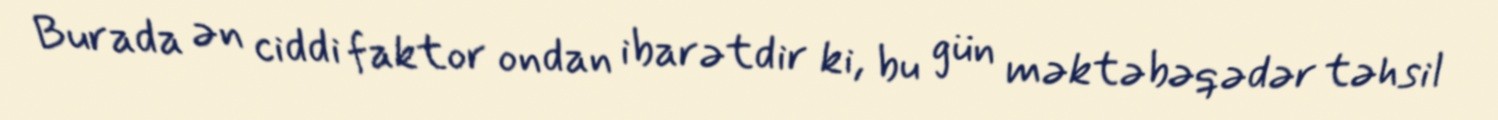
Burada ən ciddi faktor ondan ibarətdir ki, bu gün məktəbəqədər təhsil